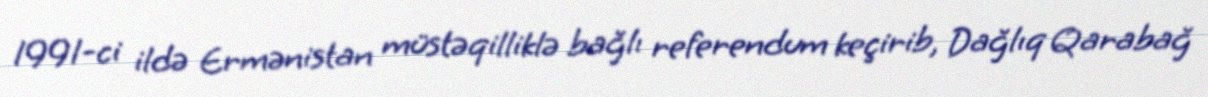
1991-ci ildə Ermənistan müstəqilliklə bağlı referendum keçirib, Dağlıq Qarabağ